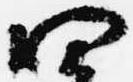
四